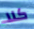
كلا